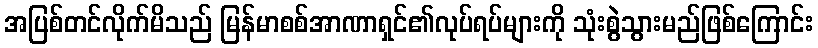
အပြစ်တင်လိုက်မိသည် မြန်မာစစ်အာဏာရှင်၏လုပ်ရပ်များကို သုံးစွဲသွားမည်ဖြစ်ကြောင်း